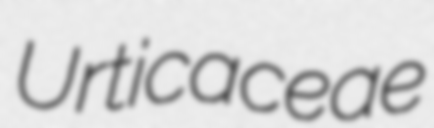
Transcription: Urticaceae